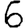
Digit: 6